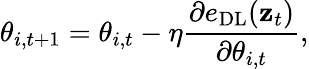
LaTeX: \theta_{i,t+1}=\theta_{i,t}-\eta\frac{\partial e_{\mathrm{DL}}(\mathbf{z}_{t})}{\partial\theta_{i,t}},